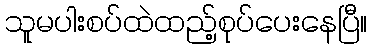
သူမပါးစပ်ထဲထည့်စုပ်ပေးနေပြီ။